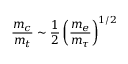
{ \frac { m _ { c } } { m _ { t } } } \sim { \frac { 1 } { 2 } } \left( { \frac { m _ { e } } { m _ { \tau } } } \right) ^ { 1 / 2 }